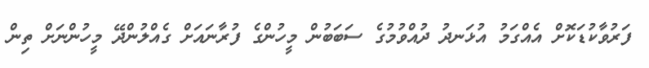
ފަރުވާކުޑަކޮށް އެއްގަމު އުޅަނދު ދުއްވުމުގެ ސަބަބުން މީހުންގެ ފުރާނައަށް ގެއްލުންދޭ މީހުންނަށް ތިން